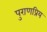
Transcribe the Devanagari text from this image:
पुराणप्रिय